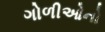
ગોળીઓનો